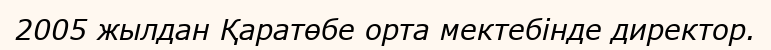
2005 жылдан Қаратөбе орта мектебінде директор.